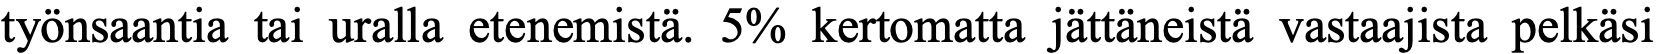
työnsaantia tai uralla etenemistä. 5% kertomatta jättäneistä vastaajista pelkäsi